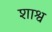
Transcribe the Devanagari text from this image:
शाश्व